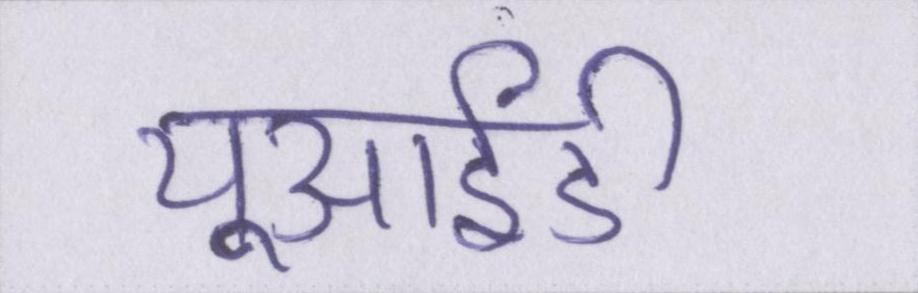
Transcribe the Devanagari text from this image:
यूआईडी